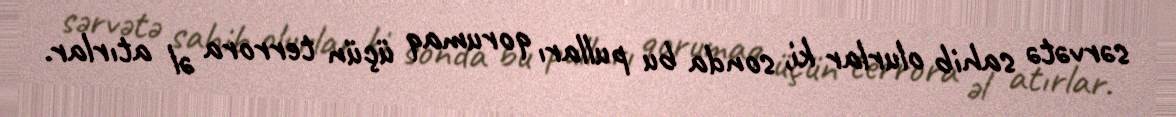
sərvətə sahib olurlar ki, sonda bu pulları qorumaq üçün terrora əl atırlar.